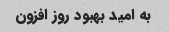
به امید بهبود روز افزون